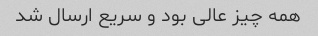
همه چیز عالی بود و سریع ارسال شد